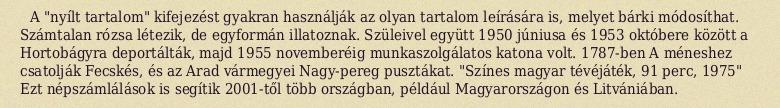
A "nyílt tartalom" kifejezést gyakran használják az olyan tartalom leírására is, melyet bárki módosíthat. Számtalan rózsa létezik, de egyformán illatoznak. Szüleivel együtt 1950 júniusa és 1953 októbere között a Hortobágyra deportálták, majd 1955 novemberéig munkaszolgálatos katona volt. 1787-ben A méneshez csatolják Fecskés, és az Arad vármegyei Nagy-pereg pusztákat. "Színes magyar tévéjáték, 91 perc, 1975" Ezt népszámlálások is segítik 2001-től több országban, például Magyarországon és Litvániában.